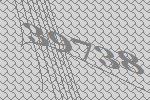
39738